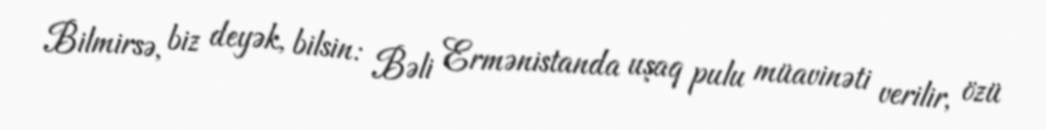
Bilmirsə, biz deyək, bilsin: Bəli Ermənistanda uşaq pulu müavinəti verilir, özü